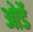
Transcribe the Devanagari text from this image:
ओर्डे